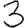
Digit: 3